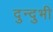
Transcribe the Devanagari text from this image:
दुन्‍दुभी